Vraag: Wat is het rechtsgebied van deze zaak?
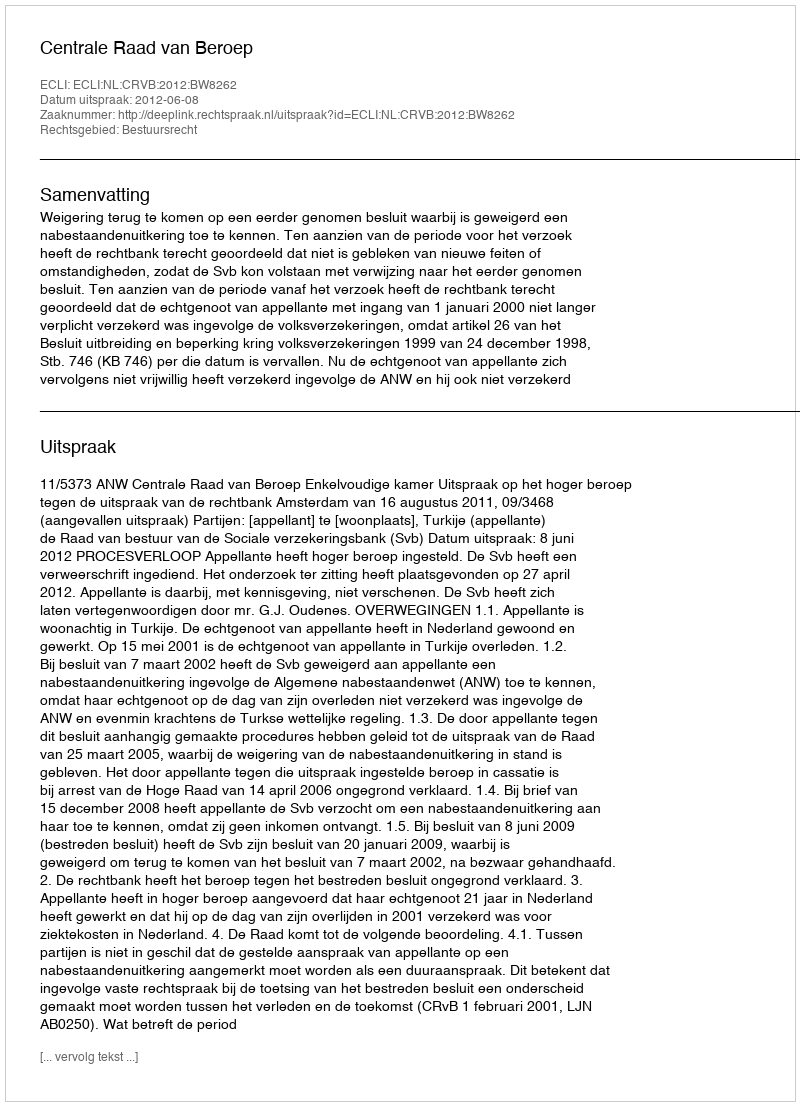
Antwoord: Bestuursrecht